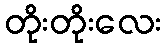
တိုးတိုးလေး